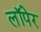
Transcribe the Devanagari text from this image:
लॉपेर